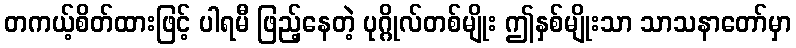
တကယ့်စိတ်ထားဖြင့် ပါရမီ ဖြည့်နေတဲ့ ပုဂ္ဂိုလ်တစ်မျိုး ဤနှစ်မျိုးသာ သာသနာတော်မှာ